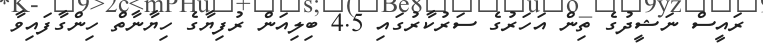
ރައީސް ނަޝީދުގެ ތިން އަހަރުގެ ސަރުކާރުގައި 4.5 ބިލިއަން ރުފިޔާގެ ހިޔާނާތް ހިންގާފައިވާ